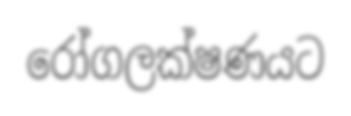
රෝගලක්ෂණයට